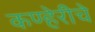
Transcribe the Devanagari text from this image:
कण्हेरीचे